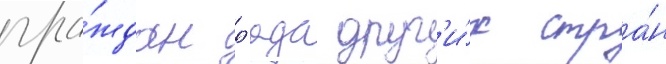
гра́ждан р'яда друг'и́х стра́н